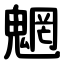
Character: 魍